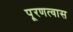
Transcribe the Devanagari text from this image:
पू्रणत्वास